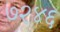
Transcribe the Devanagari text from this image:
७२४६